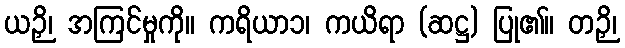
ယဉှိ၊ အကြင်မှုကို။ ကရိယာ၁၊ ကယိရာ (ဆဋ္ဌ) ပြု၏။ တဉှိ၊